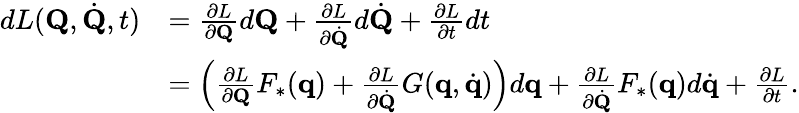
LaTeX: {\begin{array}{rl}{dL(\mathbf{Q},{\dot{\mathbf{Q}}},t)}&{={\frac{\partial L}{\partial\mathbf{Q}}}d\mathbf{Q}+{\frac{\partial L}{\partial{\dot{\mathbf{Q}}}}}d{\dot{\mathbf{Q}}}+{\frac{\partial L}{\partial t}}dt}\\ &{=\left({\frac{\partial L}{\partial\mathbf{Q}}}F_{*}(\mathbf{q})+{\frac{\partial L}{\partial{\dot{\mathbf{Q}}}}}G(\mathbf{q},{\dot{\mathbf{q}}})\right)d\mathbf{q}+{\frac{\partial L}{\partial{\dot{\mathbf{Q}}}}}F_{*}(\mathbf{q})d{\dot{\mathbf{q}}}+{\frac{\partial L}{\partial t}}.}\end{array}}